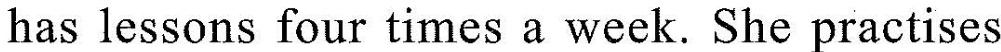
has lessons four times a week. She practises